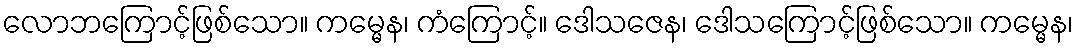
လောဘကြောင့်ဖြစ်သော။ ကမ္မေန၊ ကံကြောင့်။ ဒေါသဇေန၊ ဒေါသကြောင့်ဖြစ်သော။ ကမ္မေန၊